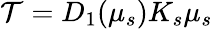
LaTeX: \mathcal{T}=D_{1}(\mu_{s})K_{s}\mu_{s}